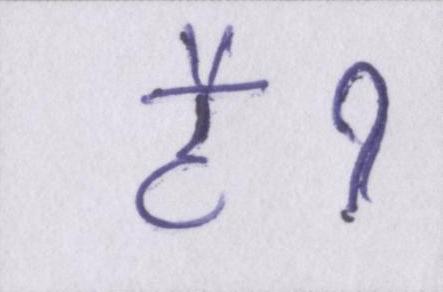
हैॽ